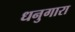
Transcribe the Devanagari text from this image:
धनुगारा